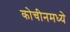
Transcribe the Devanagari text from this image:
कोचीनमध्ये